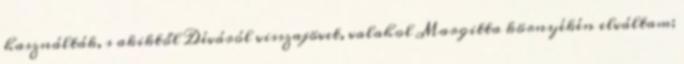
használták, s akiktől Déváról visszajövet, valahol Margitta környékén elváltam;